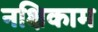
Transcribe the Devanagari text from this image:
नक्षिकाम